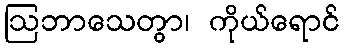
ဩဘာသေတွာ၊ ကိုယ်ရောင်